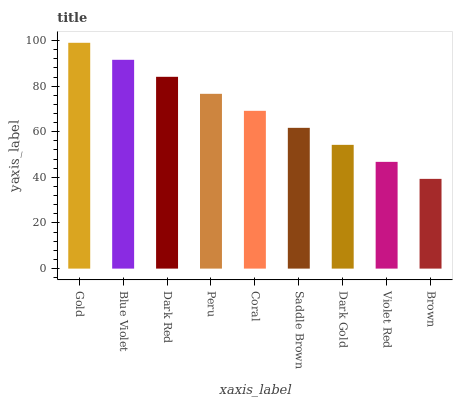
| xaxis_label | bars |
 | --- | --- |
 | Gold | 99 |
 | Blue Violet | 91.5 |
 | Dark Red | 84.1 |
 | Peru | 76.6 |
 | Coral | 69.2 |
 | Saddle Brown | 61.7 |
 | Dark Gold | 54.3 |
 | Violet Red | 46.8 |
 | Brown | 39.3 |